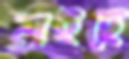
নাইছে